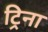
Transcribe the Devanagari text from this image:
ट्रिना